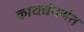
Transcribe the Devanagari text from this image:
कायद्यंतर्गत